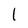
Character: l